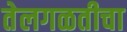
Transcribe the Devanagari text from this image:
तेलगळतीचा